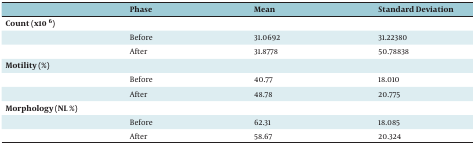
<table><thead><tr><td></td><td><b>Phase</b></td><td><b>Mean</b></td><td><b>Standard Deviation</b></td></tr></thead><tbody><tr><td><b>Count (x10 <sup>6</sup>)</b></td><td></td><td></td><td></td></tr><tr><td></td><td>Before</td><td>31.0692</td><td>31.22380</td></tr><tr><td></td><td>After</td><td>31.8778</td><td>50.78838</td></tr><tr><td><b>Motility (%)</b></td><td></td><td></td><td></td></tr><tr><td></td><td>Before</td><td>40.77</td><td>18.010</td></tr><tr><td></td><td>After</td><td>48.78</td><td>20.775</td></tr><tr><td><b>Morphology (NL %)</b></td><td></td><td></td><td></td></tr><tr><td></td><td>Before</td><td>62.31</td><td>18.085</td></tr><tr><td></td><td>After</td><td>58.67</td><td>20.324</td></tr></tbody></table>